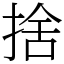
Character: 捨